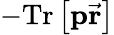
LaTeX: -\mathrm{Tr}\left[\mathbf{p}\vec{\mathbf{r}}\right]